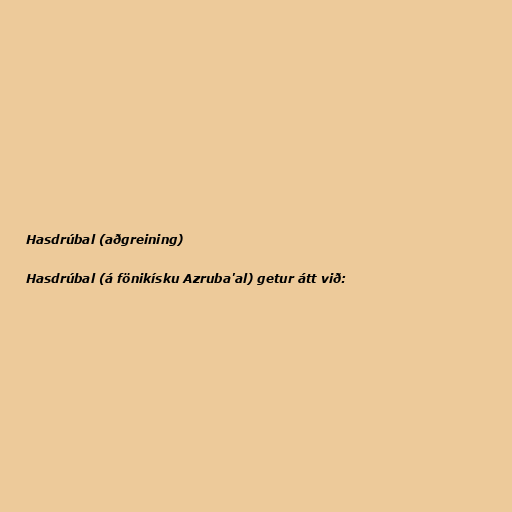
Hasdrúbal (aðgreining)

Hasdrúbal (á fönikísku Azruba'al) getur átt við: